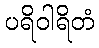
ပရိဝါရိတံ